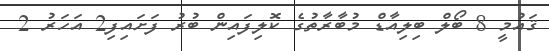
ޤައުމީ 8 ބޯލް ބިލިއާޑް މުބާރާތުގެ ކޮލިފައިން ބުރު ފަށައިފި2 އަހަރު 2